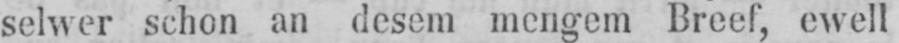
selwer schon an desem mengem Breef, ewell